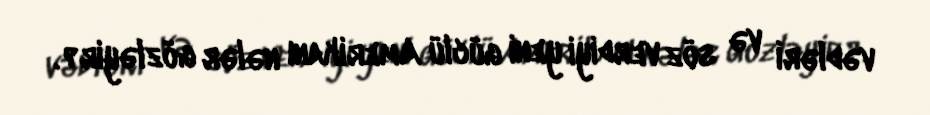
vədləri və söz verdiyi yeni güclü Amerikanı nələr gözləyir?.